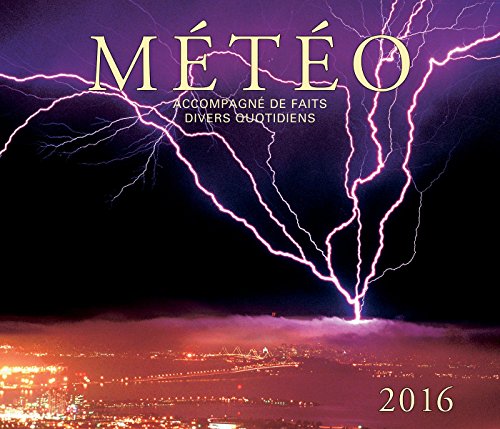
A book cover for Meteo 2016: Avec retrospective quotidienne (French Edition); Firefly Books; Calendars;